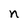
Character: n